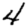
Digit: 4